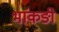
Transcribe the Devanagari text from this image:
भांकङी